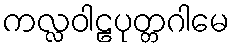
ကလ္လဝါဠပုတ္တဂါမေ